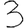
Digit: 3